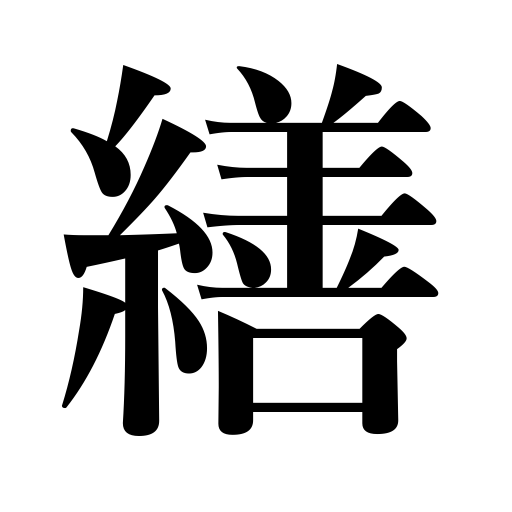
Meanings: darn,trim,mend,adjust,repair,tidy up